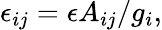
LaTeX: \epsilon_{ij}=\epsilon A_{ij}/g_{i},